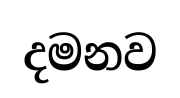
දමනව